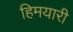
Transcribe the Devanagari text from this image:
हिमयारी